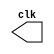
// ------------------------- 
// Exemplo0041 - Clock
// Nome: Ana Cristina Pereira Teixeira
// -------------------------

// --------------------------- 
// -- test clock generator (1) 
// --------------------------- 

// ------------------------- module clock
   module clock ( clk ); 
     output clk; 
     reg clk; 
 
    initial begin 
      clk = 1'b0; 
    end 
	  
    always begin 
 #12 clk = ~clk; 
     end 

  endmodule // clock ( )